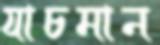
যাচমান